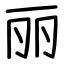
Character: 丽